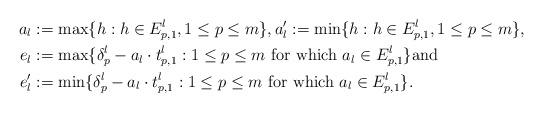
LaTeX: \begin{align*}a_l & := \max\{ h : h \in E_{p,1}^l, 1 \le p \le m \},a'_l := \min\{ h : h \in E_{p,1}^l, 1 \le p \le m \},\\e_l & := \max\{ \delta_p^l - a_l \cdot t_{p,1}^l : 1 \le p \le m \mbox{ for which } a_l \in E_{p,1}^l \} \mbox{and} \\e'_l & := \min\{ \delta_p^l - a_l \cdot t_{p,1}^l : 1 \le p \le m \mbox{ for which } a_l \in E_{p,1}^l \}.\end{align*}